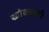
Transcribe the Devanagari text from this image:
खोकलाही